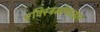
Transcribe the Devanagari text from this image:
एक्स्ट्रिमोफाइल